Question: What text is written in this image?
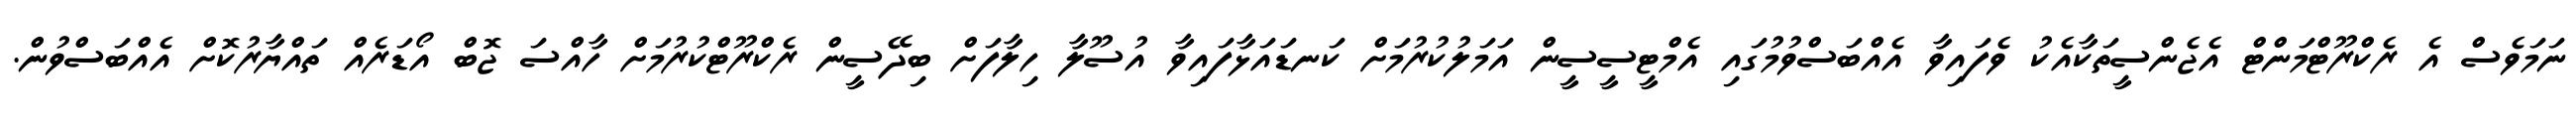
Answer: ނަމަވެސް އެ ރެކްރޫޓްމަންޓް އެޖެންސީތަކާއެކު ވެފައިވާ އެއްބަސްވުމުގައި އެމްޓީސީސީން އަމަލުކުރުމަށް ކަނޑައަޅާފައިވާ އުސޫލާ ހިލާފަށް ބިދޭސީން ރެކްރޫޓްކުރުމަށް ހާއްސަ ޖޮބް އޯޑަރެއް ތައްޔާރުކޮށް އެއްބަސްވުން.